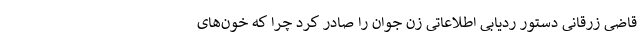
قاضی زرقانی دستور ردیابی اطلاعاتی زن جوان را صادر کرد چرا که خون‌های